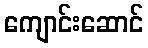
ကျောင်းဆောင်